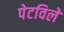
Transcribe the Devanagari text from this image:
पेटविले